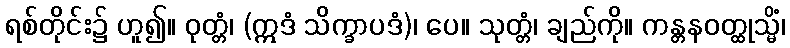
ရစ်တိုင်း၌ ဟူ၍။ ဝုတ္တံ၊ (ဣဒံ သိက္ခာပဒံ)၊ ပေ။ သုတ္တံ၊ ချည်ကို။ ကန္တနဝတ္ထုသ္မိံ၊